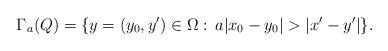
LaTeX: \begin{align*}\Gamma_{a}(Q)=\{y=(y_0,y')\in\Omega:\,a|x_0-y_0|>|x'-y'|\}.\end{align*}